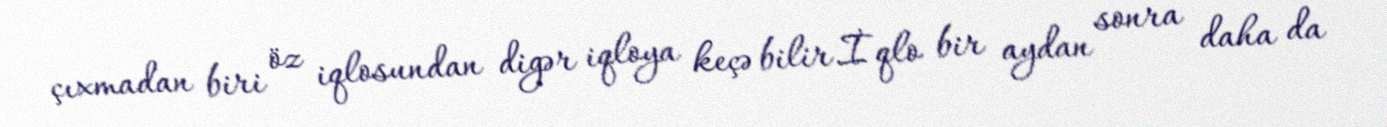
çıxmadan biri öz iqlosundan digər iqloya keçə bilir.İqlo bir aydan sonra daha da